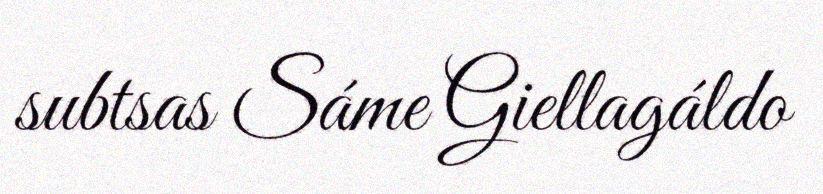
subtsas Sáme Giellagáldo